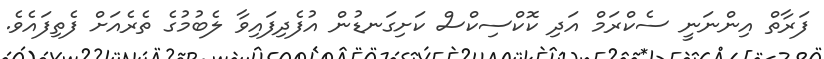
ފަރާތް އިންނަނީ ސެކްރަމް އަދި ކޮކްސިކްސް ކަށިގަނޑުން އުފެދިފައިވާ ލެބުމުގެ ތެރެއަށް ފެތިފައެވެ.